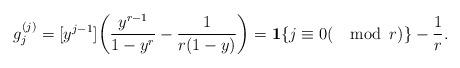
LaTeX: \begin{align*} g_j^{(j)}=[y^{j-1}]\bigg(\frac{y^{r-1}}{1-y^r}-\frac{1}{r(1-y)}\bigg)={\mathbf 1}\{j\equiv 0(\mathrm{\mod}\, r)\}-\frac{1}{r}.\end{align*}